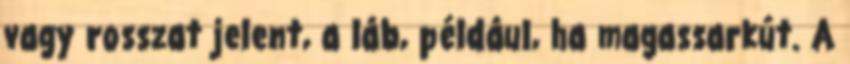
vagy rosszat jelent, a láb, például, ha magassarkút. A